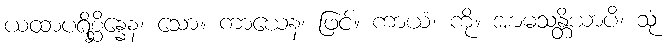
ယထာပရိစ္ဆိန္နေန၊ သော။ ကာယေန၊ ဖြင့်။ ကာယံ၊ ကို။ အာမသန္တိယာပိ၊ သုံ